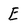
Character: E